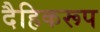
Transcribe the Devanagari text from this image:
दैहिकरूप